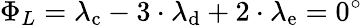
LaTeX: \Phi_{L}=\lambda_{\mathrm{{c}}}-3\cdot\lambda_{\mathrm{{d}}}+2\cdot\lambda_{\mathrm{{e}}}=0^{\circ}